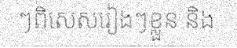
ៗពិសេសរៀងៗខ្លួន និង